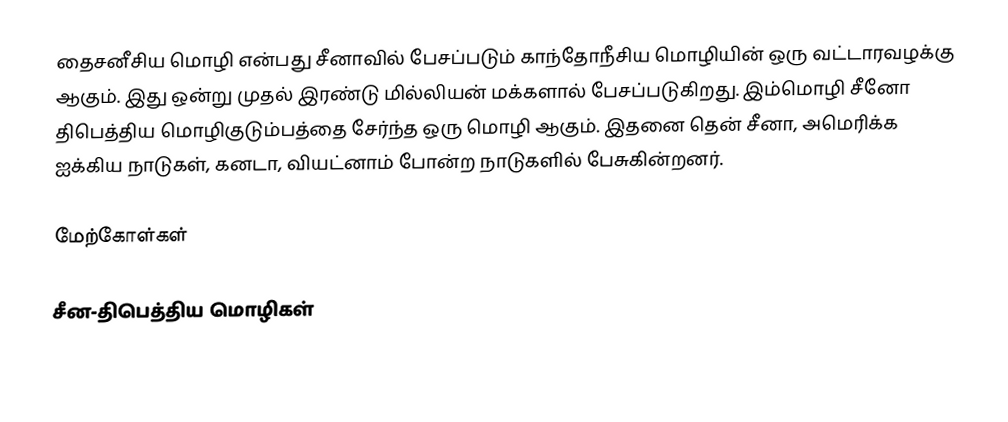
தைசனீசிய மொழி என்பது சீனாவில் பேசப்படும் காந்தோநீசிய மொழியின் ஒரு வட்டாரவழக்கு ஆகும். இது ஒன்று முதல் இரண்டு மில்லியன் மக்களால் பேசப்படுகிறது. இம்மொழி சீனோ திபெத்திய மொழிகுடும்பத்தை சேர்ந்த ஒரு மொழி ஆகும். இதனை தென் சீனா, அமெரிக்க ஐக்கிய நாடுகள், கனடா, வியட்னாம் போன்ற நாடுகளில் பேசுகின்றனர்.

மேற்கோள்கள்

சீன-திபெத்திய மொழிகள்